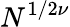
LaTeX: N^{1/2\nu}